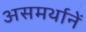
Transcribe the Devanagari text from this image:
असमर्थानें